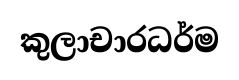
කුලාචාරධර්ම